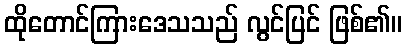
ထိုတောင်ကြားဒေသသည် လွင်ပြင် ဖြစ်၏။